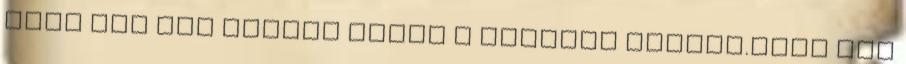
most már nem nagyon mióta a fórumon vagyok.Neki még